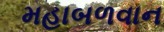
મહાબળવાન